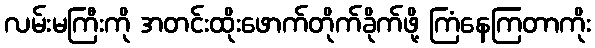
လမ်းမကြီးကို အတင်းထိုးဖောက်တိုက်ခိုက်ဖို့ ကြံနေကြတာကိုး